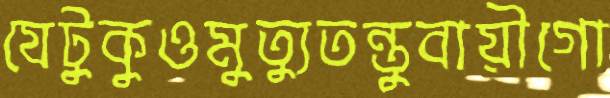
যেটুকুওমুত্যুতন্তুবায়ীগো